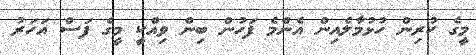
މީގެ ކުރިން ހުޅުމާލެއިން އެންމެ ފަހުން ބިން ވިއްކީ މީގެ ފަސް އަހަރު